Indian Medical Review
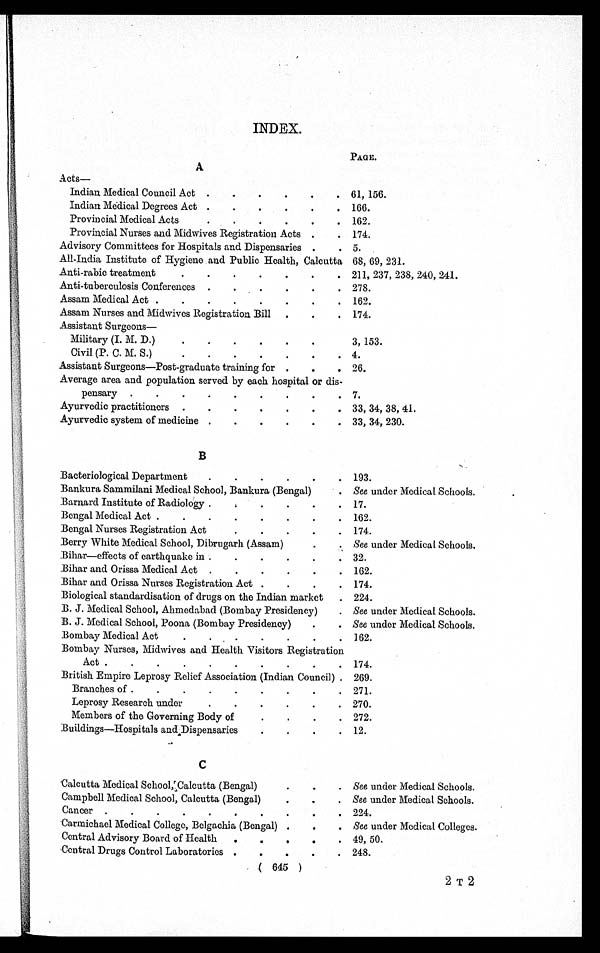
INDEX.
PAGE.
A
Acts —
Indian Medical Council Act
61, 156.
Indian Medical Degrees Act
166.
Provincial Medical Acts
162.
Provincial Nurses and Midwives Registration Acts
174.
Advisory Committees for Hospitals and Dispensaries
5.
All-India Institute of Hygiene and Public Health, Calcutta 68, 69, 231.
Anti-rabic treatment
211, 237, 238, 240, 241.
Anti-tuberculosis Conferences
278.
Assam Medical Act
162.
Assam Nurses and Midwives Registration Bill
174.
Assistant Surgeons
—
Military (I. M. D.)
3, 153.
Civil (P. C. M. S.)
4.
Assistant Surgeons—Post-graduate training for
26.
Average area and population served by each hospital or dis-
pensary
7.
Ayurvedic practitioners
33, 34, 38, 41.
Ayurvedic system of medicine
33, 34, 230.
B
Bacteriological Department
193.
Bankura Sammilani Medical School, Bankura (Bengal)
See under Medical Schools.
Barnard Institute of Radiology
17.
Bengal Medical Act
162.
Bengal Nurses Registration Act
174.
Berry White Medical School, Dibrugarh (Assam)
See under Medical Schools.
Bihar—effects of earthquake in
32.
Bihar and Orissa Medical Act
162.
Bihar and Orissa Nurses Registration Act
174.
Biological standardisation of drugs on the Indian market
224.
B. J. Medical School, Ahmedabad (Bombay Presidency)
See under Medical Schools.
B. J. Medical School, Poona (Bombay Presidency)
See under Medical Schools.
Bombay Medical Act
162.
Bombay Nurses, Midwives and Health Visitors Registration
Act
174.
British Empire Leprosy Relief Association (Indian Council)
269.
Branches of
271.
Leprosy Research under
270.
Members of the Governing Body of
272.
Buildings—Hospitals and Dispensaries
12.
C
Calcutta Medical School, Calcutta (Bengal)
See under Medical Schools.
Campbell Medical School, Calcutta (Bengal)
See under Medical Schools.
Cancer
224.
Carmichael Medical College, Belgachia (Bengal)
See under Medical Colleges.
Central Advisory Board of Health
49, 50.
Central Drugs Control Laboratories
248.
(645)
2 T 2